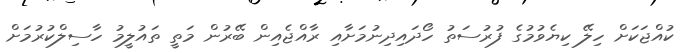
ކުއްޖަކަށް ހިލޭ ކިޔެވުމުގެ ފުރުސަތު ހޯދައިދިނުމަށާއި ރާއްޖެއިން ބޭރުން މަތީ ތައުލީމު ހާސިލްކުރުމަށް